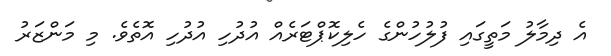
އެ ދިމާލު މަތީގައި ފުލުހުންގެ ހެލިކޮޕްޓަރެއް އުދުހި އުދުހި އޮތެވެ. މި މަންޒަރު